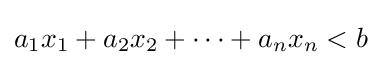
a_{1}x_{1}+a_{2}x_{2}+\cdots +a_{n}x_{n}<b